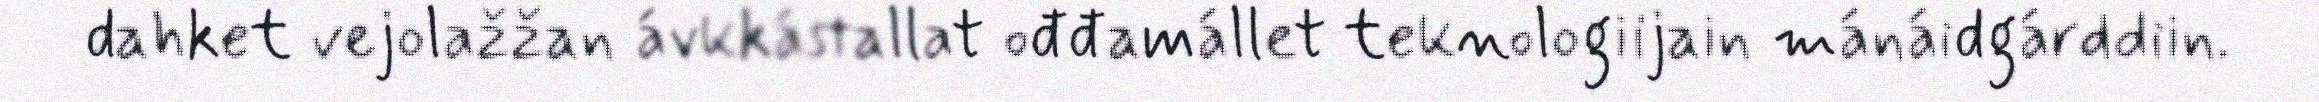
dahket vejolažžan ávkkástallat ođđamállet teknologiijain mánáidgárddiin.